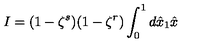
I = ( 1 - \zeta ^ { s } ) ( 1 - \zeta ^ { r } ) \int _ { 0 } ^ { 1 } d \hat { x } _ { 1 } \hat { x }